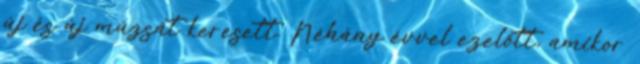
új és új múzsát keresett. Néhány évvel ezelőtt, amikor